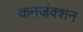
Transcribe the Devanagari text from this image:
कनजंक्शन